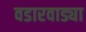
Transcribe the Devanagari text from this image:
वडारवाड्या